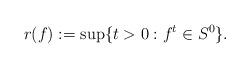
LaTeX: \begin{align*}r(f):=\sup\{t>0: f^t\in S^0\}.\end{align*}